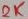
Text: 2K